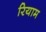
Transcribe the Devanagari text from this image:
रियाम